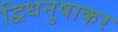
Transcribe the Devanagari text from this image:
द्विधनुषाकर